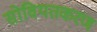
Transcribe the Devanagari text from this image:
सोवियतकरण